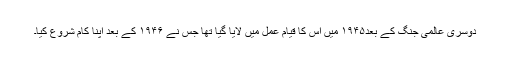
دوسری عالمی جنگ کے بعد۱۹۴۵ میں اس کا قیام عمل میں لایا گیا تھا جس نے ۱۹۴۶ کے بعد اپنا کام شروع کیا۔